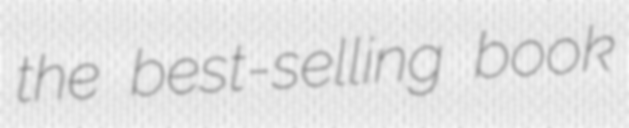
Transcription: the best-selling book